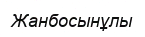
Жанбосынұлы